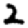
Digit: 2